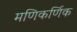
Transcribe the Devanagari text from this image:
मणिकर्णिक